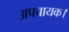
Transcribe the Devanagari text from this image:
अपचायक।